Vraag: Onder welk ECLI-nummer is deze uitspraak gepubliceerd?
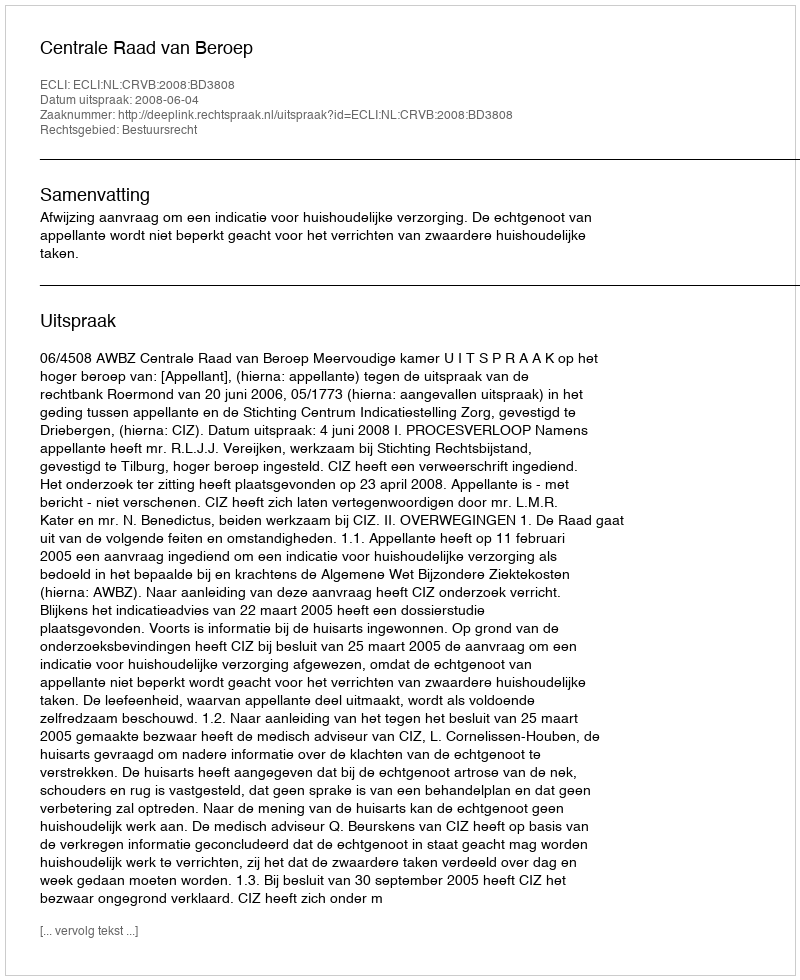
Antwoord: ECLI:NL:CRVB:2008:BD3808